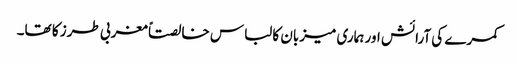
کمرے کی آرائش اور ہماری میزبان کا لباس خالصتاً مغربی طرز کا تھا۔